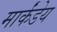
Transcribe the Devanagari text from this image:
मार्कंंडेय